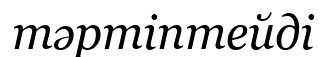
тәртіптейді